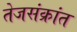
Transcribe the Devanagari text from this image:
तेजसंक्रांत